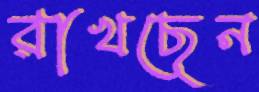
রাখছেন